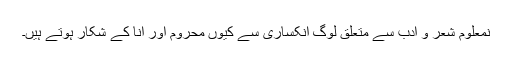
نمعلوم شعر و ادب سے متعلق لوگ انکساری سے کیوں محروم اور انا کے شکار ہوتے ہیں۔